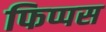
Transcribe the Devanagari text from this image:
फिप्पस